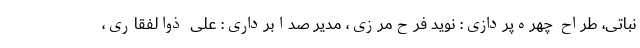
نباتی، طراح چهره‌پردازی: نوید فرح‌مرزی، مدیر صدابرداری: علی ذوالفقاری،